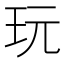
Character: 玩